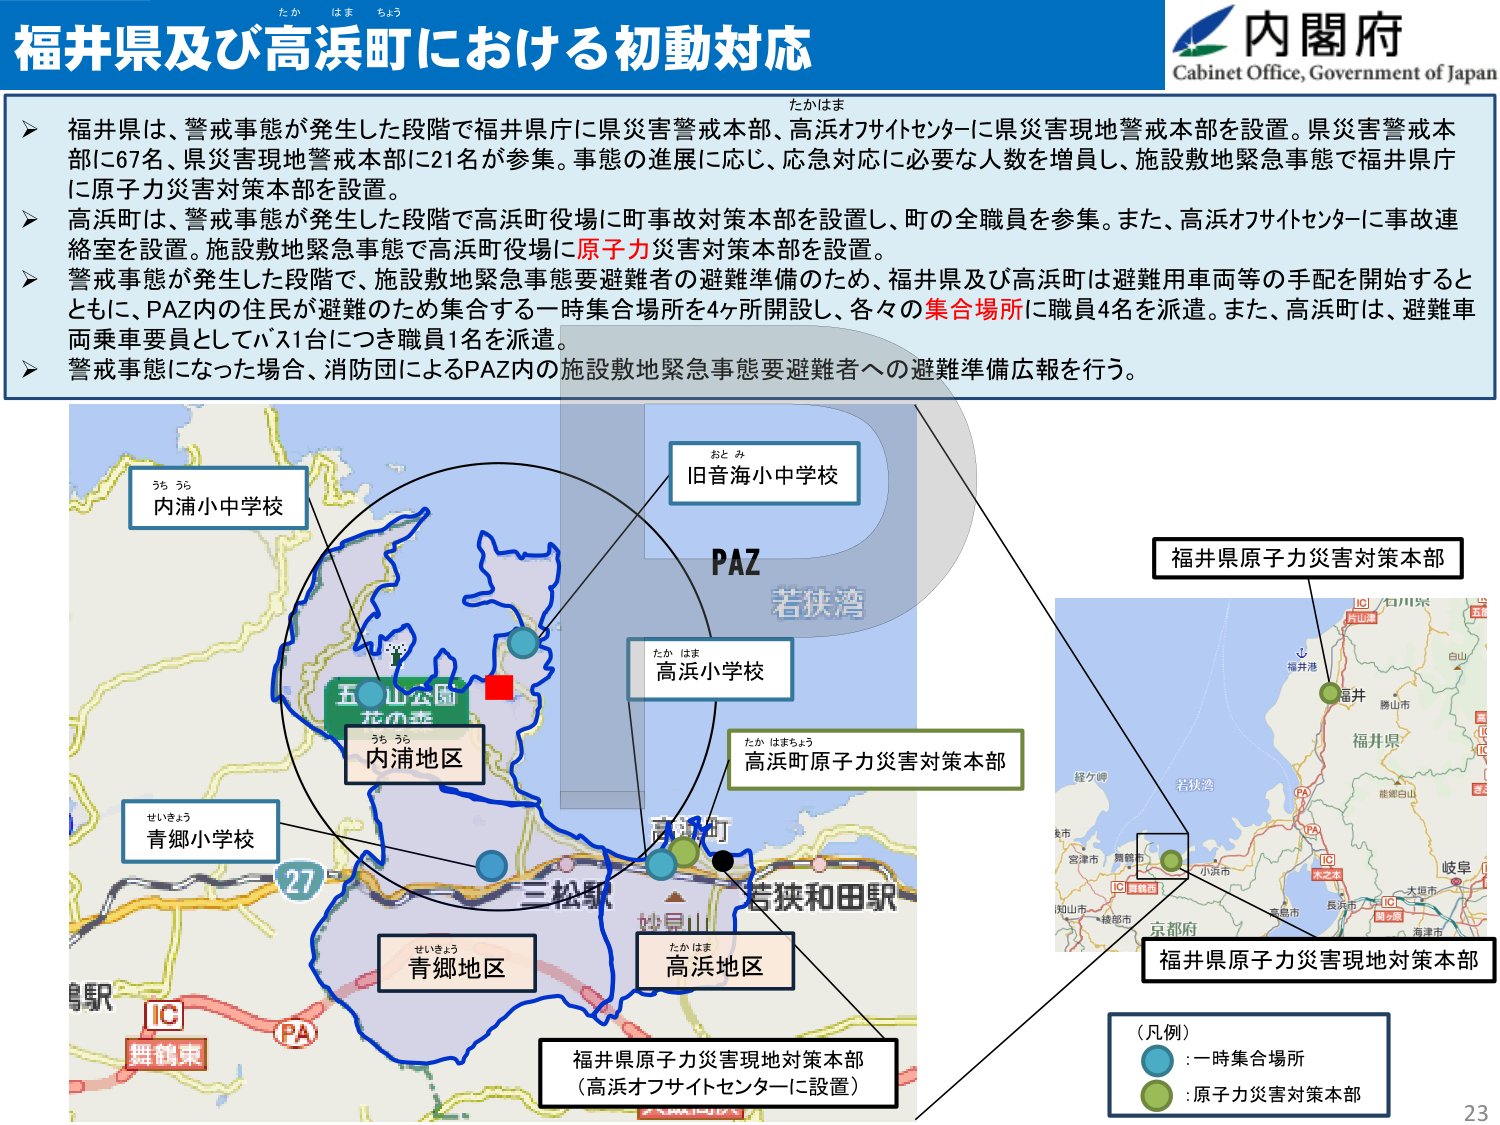
福井県及び高浜町における初動対応

内閣府
Cabinet Office, Government of Japan

福井県は、警戒事態が発生した段階で福井県庁に県災害警戒本部、高浜オフサイトセンターに県災害現地警戒本部を設置。県災害警戒本部に67名、県災害現地警戒本部に21名が参集。事態の進展に応じ、応急対応に必要な人数を増員し、施設敷地緊急事態で福井県庁に原子力災害対策本部を設置。

高浜町は、警戒事態が発生した段階で高浜町役場に町事故対策本部を設置し、町の全職員を参集。また、高浜オフサイトセンターに事故連絡室を設置。施設敷地緊急事態で高浜町役場に原子力災害対策本部を設置。

警戒事態が発生した段階で、施設敷地緊急事態要避難者の避難準備のため、福井県及び高浜町は避難用車両等の手配を開始するとともに、PAZ内の住民が避難のため集合する一時集合場所を4ヶ所開設し、各々の集合場所に職員4名を派遣。また、高浜町は、避難車両乗車要員としてバス1台につき職員1名を派遣。

警戒事態になった場合、消防団によるPAZ内の施設敷地緊急事態要避難者への避難準備広報を行う。

うらうら
内浦小中学校

おとみ
旧音海小中学校

PAZ
若狭湾

たかはま
高浜小学校

五山公園
花の森

うらうら
内浦地区

せいきょう
青郷小学校

高浜町原子力災害対策本部

たかはまちょう

高浜町

三松駅

妙見山

若狭和田駅

せいきょう
青郷地区

たかはま
高浜地区

福井県原子力災害対策本部

福井県原子力災害現地対策本部

（凡例）
：一時集合場所
：原子力災害対策本部

福井県原子力災害現地対策本部
（高浜オフサイトセンターに設置）

23